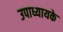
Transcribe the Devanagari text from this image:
उपाध्यायके